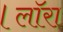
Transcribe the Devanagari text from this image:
।लाॅरा